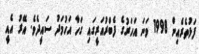
ފަޅުތެރެއިން 1998 ވަނަ އަހަރުގެ ފެބްރުއަރީގައި ގަހާ އަހުމަދު ސައީދެވެ. އޭރު އެއީ